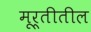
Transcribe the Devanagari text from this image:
मूर्तीतील